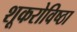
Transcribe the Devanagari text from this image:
शूकरोविष्ठा